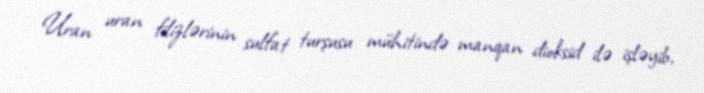
Uran uran filizlərinin sulfat turşusu mühitində manqan dioksid ilə işləyib,